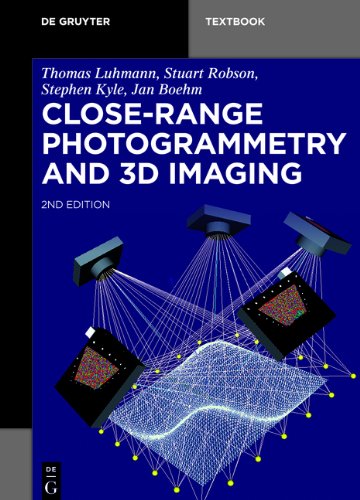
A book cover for Close-Range Photogrammetry and 3D Imaging (de Gruyter Textbook); Thomas Luhmann; Science & Math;